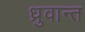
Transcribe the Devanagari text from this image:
ध्रुवान्त